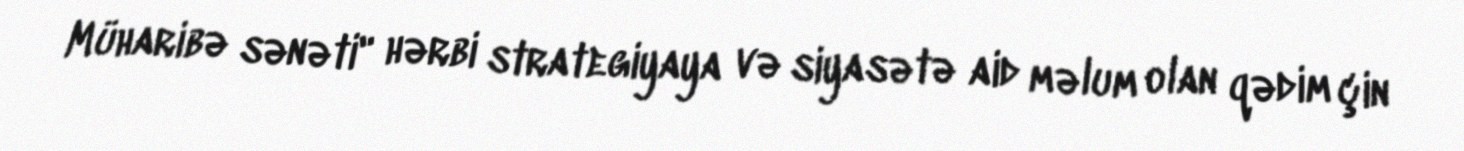
Müharibə sənəti" hərbi strategiyaya və siyasətə aid məlum olan qədim çin